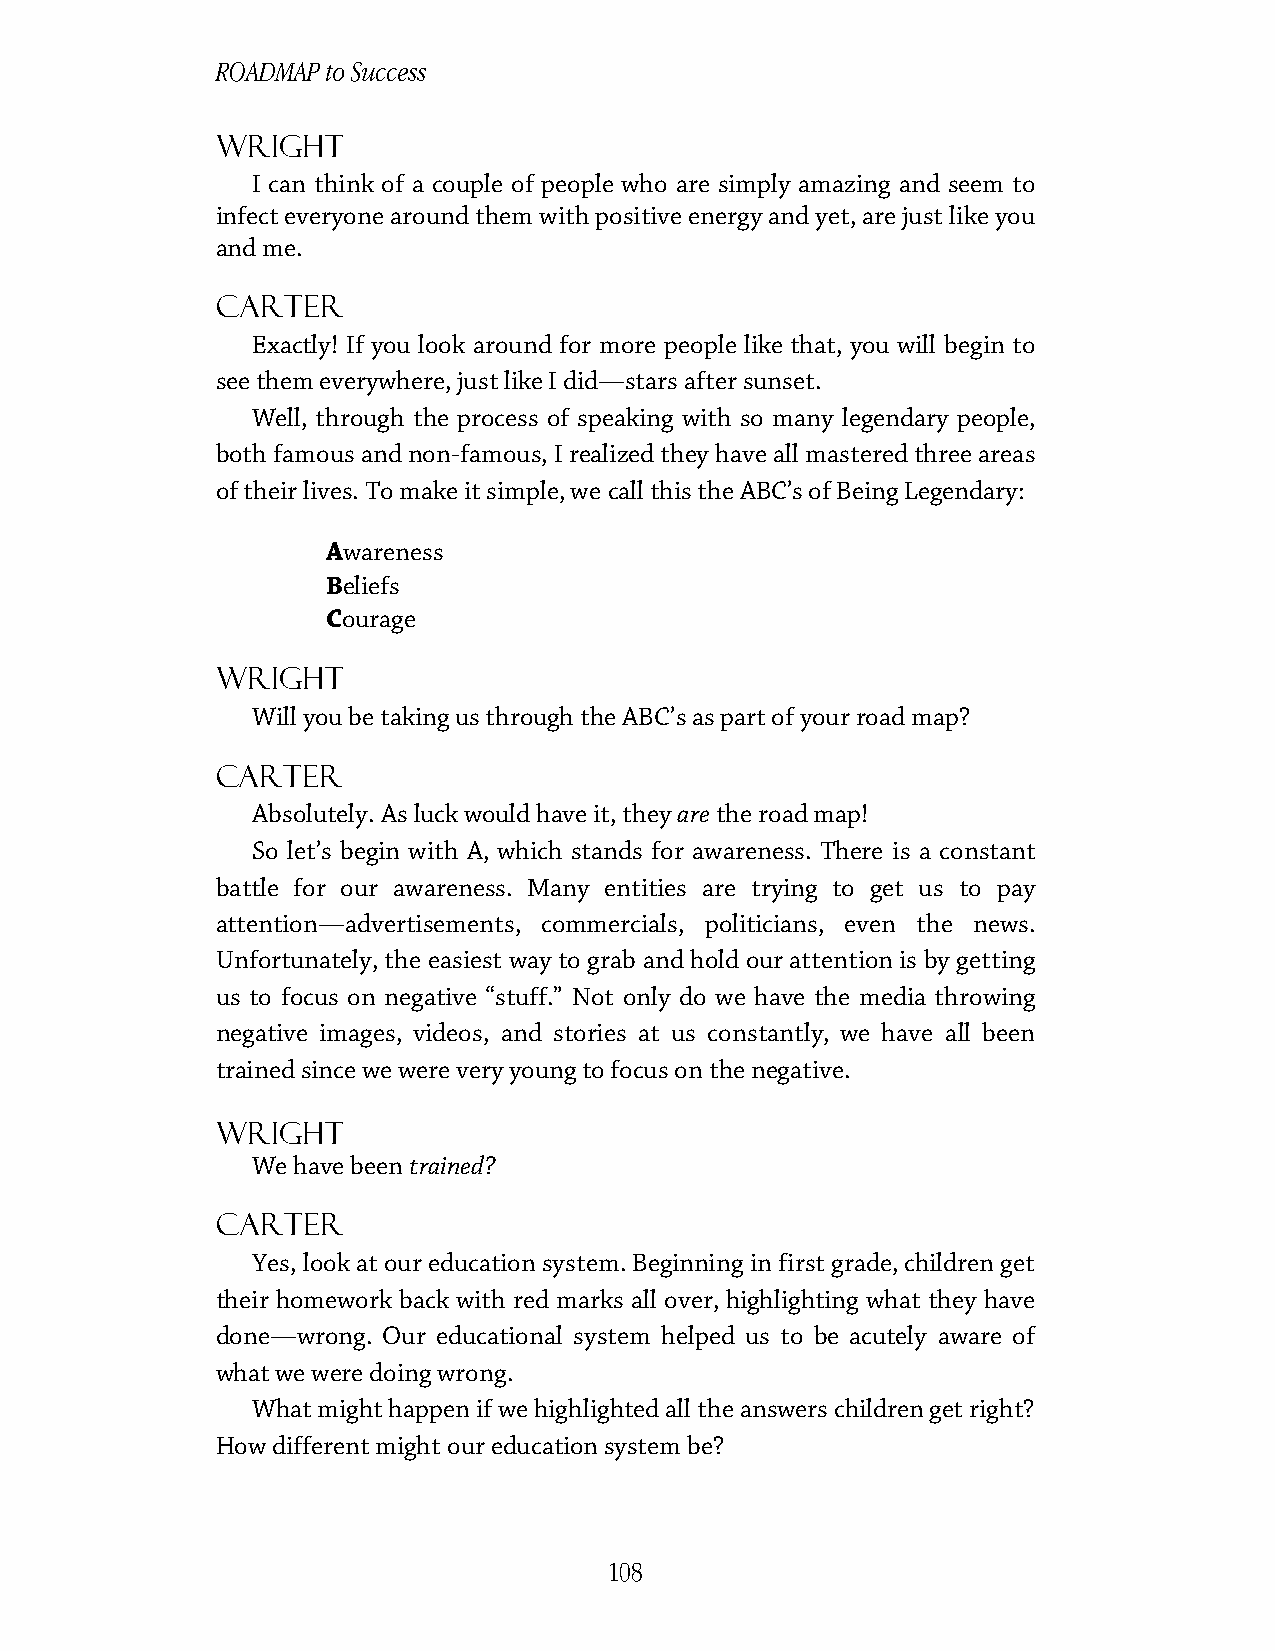
ROADMAP to Success
 Wright
 I can think of a couple of people who are simply amazing and seem to
 infect everyone around them with positive energy and yet, are just like you
 and me.
 Carter
 Exactly! If you look around for more people like that, you will begin to
 see them everywhere, just like I did—stars after sunset.
 Well, through the process of speaking with so many legendary people,
 both famous and non-famous, I realized they have all mastered three areas
 of their lives. To make it simple, we call this the ABC’s of Being Legendary:
 Awareness
 Beliefs
 Courage
 Wright
 Will you be taking us through the ABC’s as part of your road map?
 Carter
 Absolutely. As luck would have it, they are the road map!
 So let’s begin with A, which stands for awareness. There is a constant
 battle for our awareness. Many entities are trying to get us to pay
 attention—advertisements, commercials, politicians, even the news.
 Unfortunately, the easiest way to grab and hold our attention is by getting
 us to focus on negative “stuff.” Not only do we have the media throwing
 negative images, videos, and stories at us constantly, we have all been
 trained since we were very young to focus on the negative.
 Wright
 We have been trained?
 Carter
 Yes, look at our education system. Beginning in first grade, children get
 their homework back with red marks all over, highlighting what they have
 done—wrong. Our educational system helped us to be acutely aware of
 what we were doing wrong.
 What might happen if we highlighted all the answers children get right?
 How different might our education system be?
 108